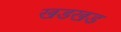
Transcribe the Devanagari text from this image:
खडखड